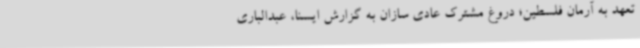
تعهد به آرمان فلسطین؛ دروغ مشترک عادی سازان به گزارش ایسنا، عبدالباری